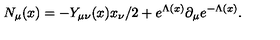
N _ { \mu } ( x ) = - Y _ { \mu \nu } ( x ) x _ { \nu } / 2 + e ^ { \Lambda ( x ) } \partial _ { \mu } e ^ { - \Lambda ( x ) } .